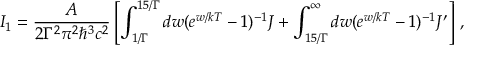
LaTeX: I _ { 1 } = \frac { { \cal A } } { 2 \Gamma ^ { 2 } \pi ^ { 2 } \hbar ^ { 3 } c ^ { 2 } } \left[ \int _ { 1 / \Gamma } ^ { 1 5 / \Gamma } d w ( e ^ { w / k T } - 1 ) ^ { - 1 } { \cal J } + \int _ { 1 5 / \Gamma } ^ { \infty } d w ( e ^ { w / k T } - 1 ) ^ { - 1 } { \cal J ^ { \prime } } \right] \, ,